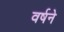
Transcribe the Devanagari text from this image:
वर्षने